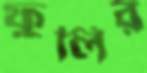
ফুলির